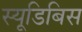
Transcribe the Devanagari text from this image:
स्यूडिबिस